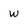
Character: w